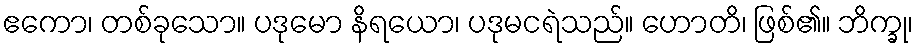
ဧကော၊ တစ်ခုသော။ ပဒုမော နိရယော၊ ပဒုမငရဲသည်။ ဟောတိ၊ ဖြစ်၏။ ဘိက္ခု၊